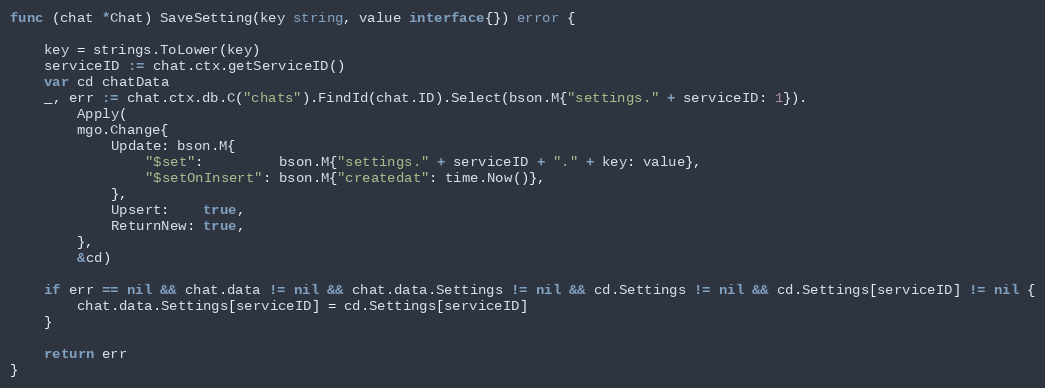
Language: Go
func (chat *Chat) SaveSetting(key string, value interface{}) error {

	key = strings.ToLower(key)
	serviceID := chat.ctx.getServiceID()
	var cd chatData
	_, err := chat.ctx.db.C("chats").FindId(chat.ID).Select(bson.M{"settings." + serviceID: 1}).
		Apply(
		mgo.Change{
			Update: bson.M{
				"$set":         bson.M{"settings." + serviceID + "." + key: value},
				"$setOnInsert": bson.M{"createdat": time.Now()},
			},
			Upsert:    true,
			ReturnNew: true,
		},
		&cd)

	if err == nil && chat.data != nil && chat.data.Settings != nil && cd.Settings != nil && cd.Settings[serviceID] != nil {
		chat.data.Settings[serviceID] = cd.Settings[serviceID]
	}

	return err
}